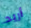
أريد